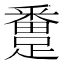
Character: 𨅴